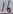
Text: 16